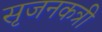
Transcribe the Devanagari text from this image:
सृजनकत्री